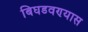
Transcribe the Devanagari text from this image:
बिघडवण्यास